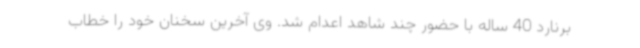
برنارد 40 ساله با حضور چند شاهد اعدام شد. وی آخرین سخنان خود را خطاب